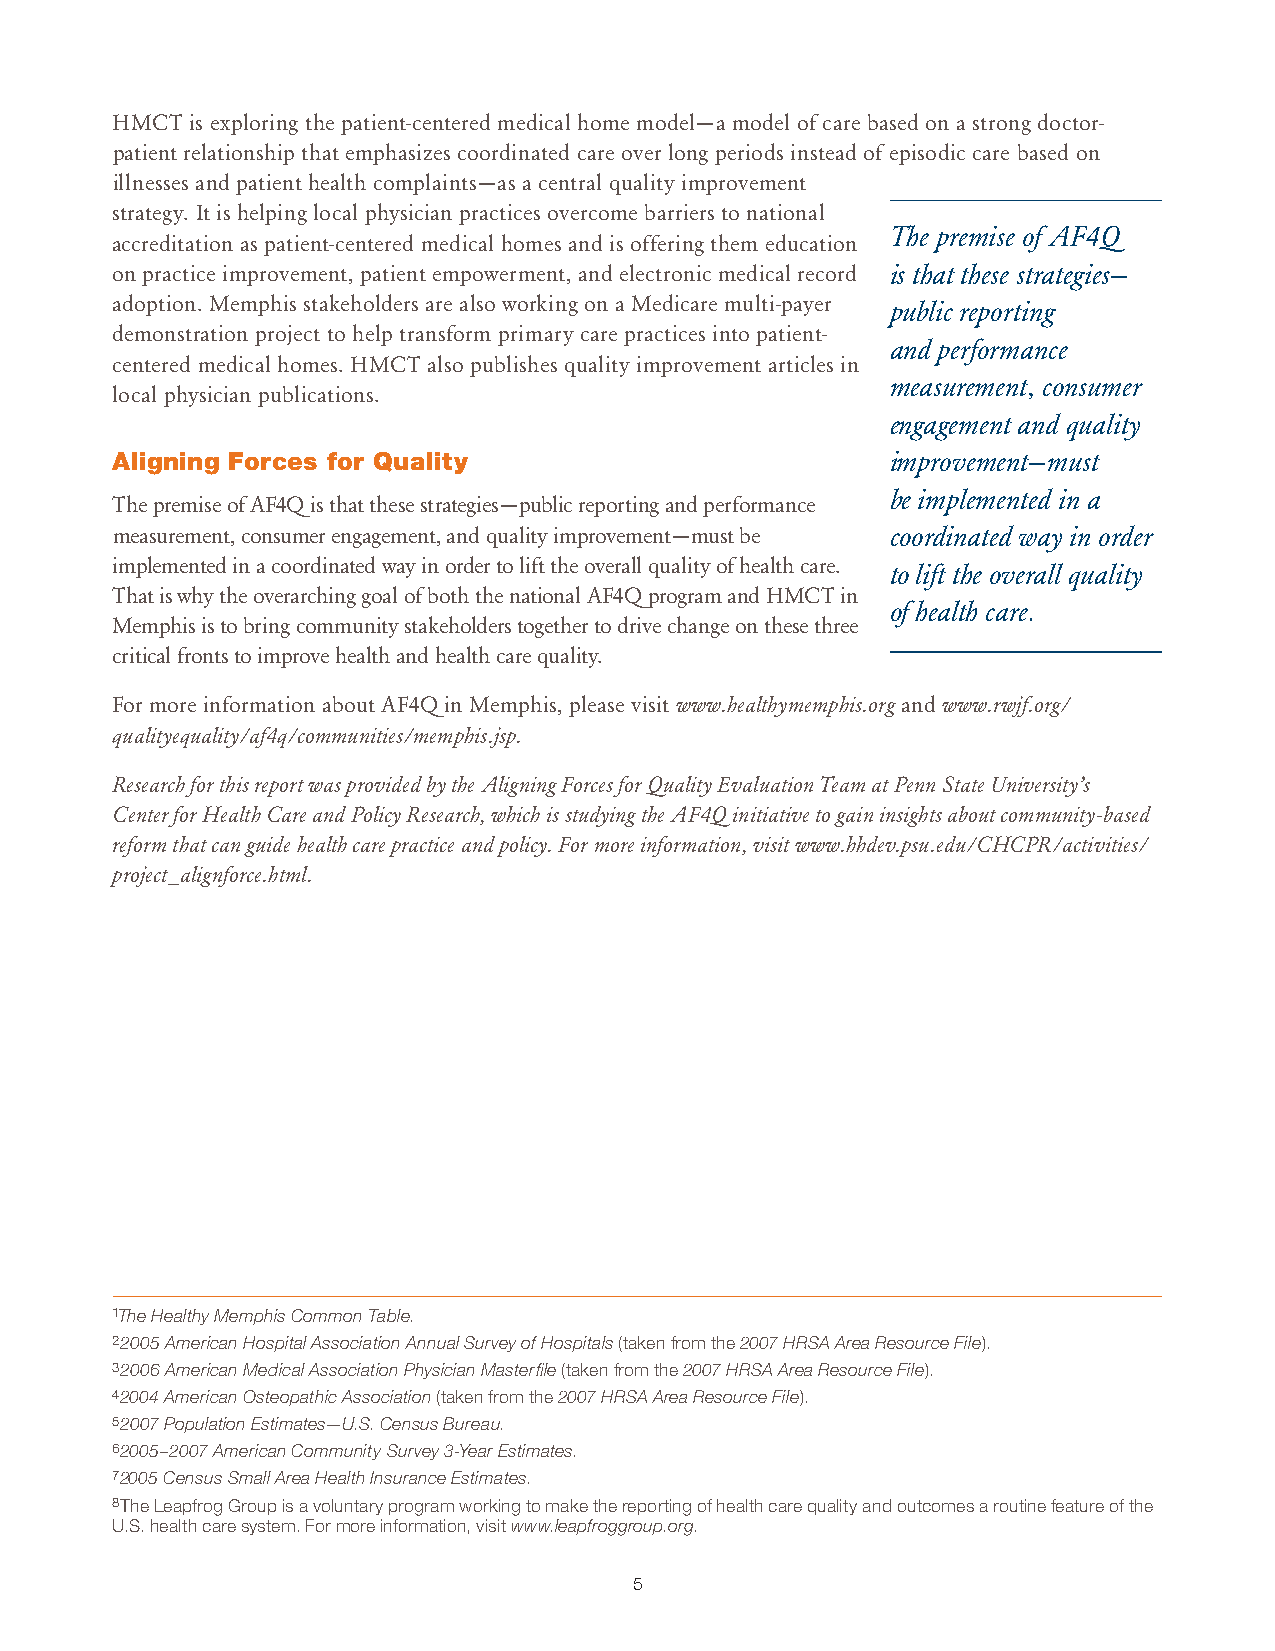
HMCT  is exploring the patient-centered medical home model—a model of care based on a strong doctor-
 patient relationship that emphasizes coordinated care over long periods instead of episodic care based on
 illnesses and patient health complaints—as a central quality improvement
 strategy. It is helping local physician practices overcome barriers to national
 The premise of AF4Q
 accreditation as patient-centered medical homes and is offering them education
 on practice improvement, patient empowerment, and electronic medical record is that these strategies—
 adoption. Memphis stakeholders are also working on a Medicare multi-payer public reporting
 demonstration project to help transform primary care practices into patient-
 and performance
 centered medical homes. HMCT also publishes quality improvement articles in
 measurement, consumer
 local physician publications.
 engagement and quality
 Aligning Forces for Quality                         improvement—must
 be implemented in a
 The premise of AF4Q is that these strategies—public reporting and performance
 measurement, consumer engagement, and quality improvement—must be coordinated way in order
 implemented in a coordinated way in order to lift the overall quality of health care.
 to lift the overall quality
 That is why the overarching goal of both the national AF4Q program and HMCT in
 of health care.
 Memphis is to bring community stakeholders together to drive change on these three
 critical fronts to improve health and health care quality.
 For more information about AF4Q in Memphis, please visit www.healthymemphis.org and www.rwjf.org/
 qualityequality/af4q/communities/memphis.jsp.
 Research for this report was provided by the Aligning Forces for Quality Evaluation Team at Penn State University’s
 Center for Health Care and Policy Research, which is studying the AF4Q initiative to gain insights about community-based
 reform that can guide health care practice and policy. For more information, visit www.hhdev.psu.edu/CHCPR/activities/
 project_alignforce.html.
 1The Healthy Memphis Common Table.
 2 2005 American Hospital Association Annual Survey of Hospitals (taken from the 2007 HRSA Area Resource File).
 3 2006 American Medical Association Physician Masterfile (taken from the 2007 HRSA Area Resource File).
 4 2004 American Osteopathic Association (taken from the 2007 HRSA Area Resource File).
 52007 Population Estimates—U.S. Census Bureau.
 6 2005–2007 American Community Survey 3-Year Estimates.
 72005 Census Small Area Health Insurance Estimates.
 8The Leapfrog Group is a voluntary program working to make the reporting of health care quality and outcomes a routine feature of the
 U.S. health care system. For more information, visit www.leapfroggroup.org.
 5